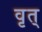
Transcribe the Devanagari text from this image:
वृत्